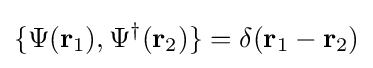
\{\Psi (\mathbf {r} _{1}),\Psi ^{\dagger }(\mathbf {r} _{2})\}=\delta (\mathbf {r} _{1}-\mathbf {r} _{2})